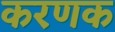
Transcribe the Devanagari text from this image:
करणक